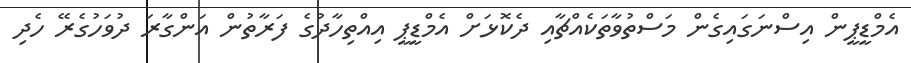
އެމްޑީޕީން އިސްނަގައިގެން މަސްތުވާތަކެއްޗާއި ދެކޮޅަށް އެމްޑީޕީ އިއްތިހާދުގެ ފަރާތުން އަންގާރަ ދުވަހުގެރޭ ހެދި